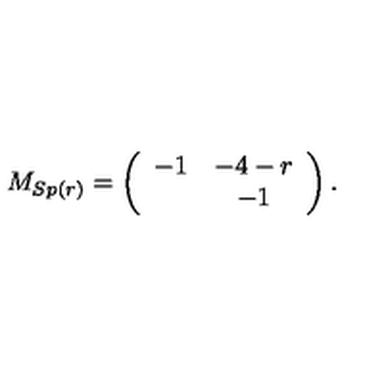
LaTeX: M _ { S p ( r ) } = \left( \begin{array} { c c } { - 1 } & { - 4 - r } \\ { } & { - 1 } \\ \end{array} \right) .